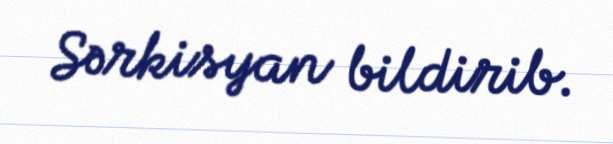
Sərkisyan bildirib.